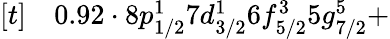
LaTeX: \begin{array}{rl}{[t]}&{{}0.92\cdot 8p_{1/2}^{1}7d_{3/2}^{1}6f_{5/2}^{3}5g_{7/2}^{5}+}\end{array}